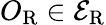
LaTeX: O_{\mathrm{R}}\in\mathcal{E}_{\mathrm{R}}